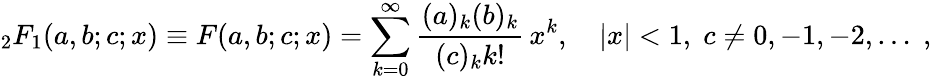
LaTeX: {}_{2}F_{1}(a,b;c;x)\equiv F(a,b;c;x)=\sum_{k=0}^{\infty}{\frac{(a)_{k}(b)_{k}}{(c)_{k}k!}}\, x^{k},\quad|x|<1,\; c\ne 0,-1,-2,\ldots\; ,